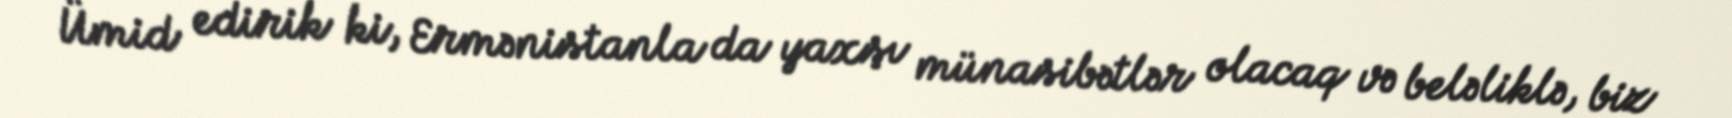
Ümid edirik ki, Ermənistanla da yaxşı münasibətlər olacaq və beləliklə, biz